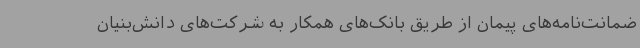
ضمانت‌نامه‌های پیمان از طریق بانک‌های همکار به شرکت‌های دانش‌بنیان